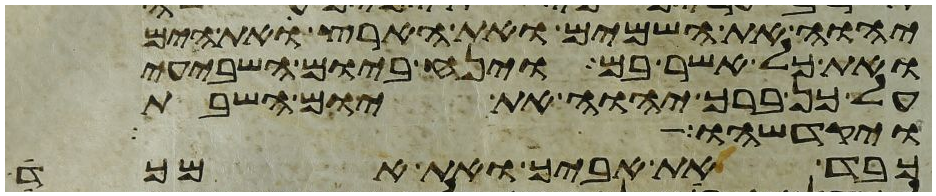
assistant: יהוה את השמים ואת הארץ את הים
ואת כל אשר בם וינח ביום השביעי
על כן ברך יהוה את יום השבת
ויקדשהו
כבד את אביך ואת אמך